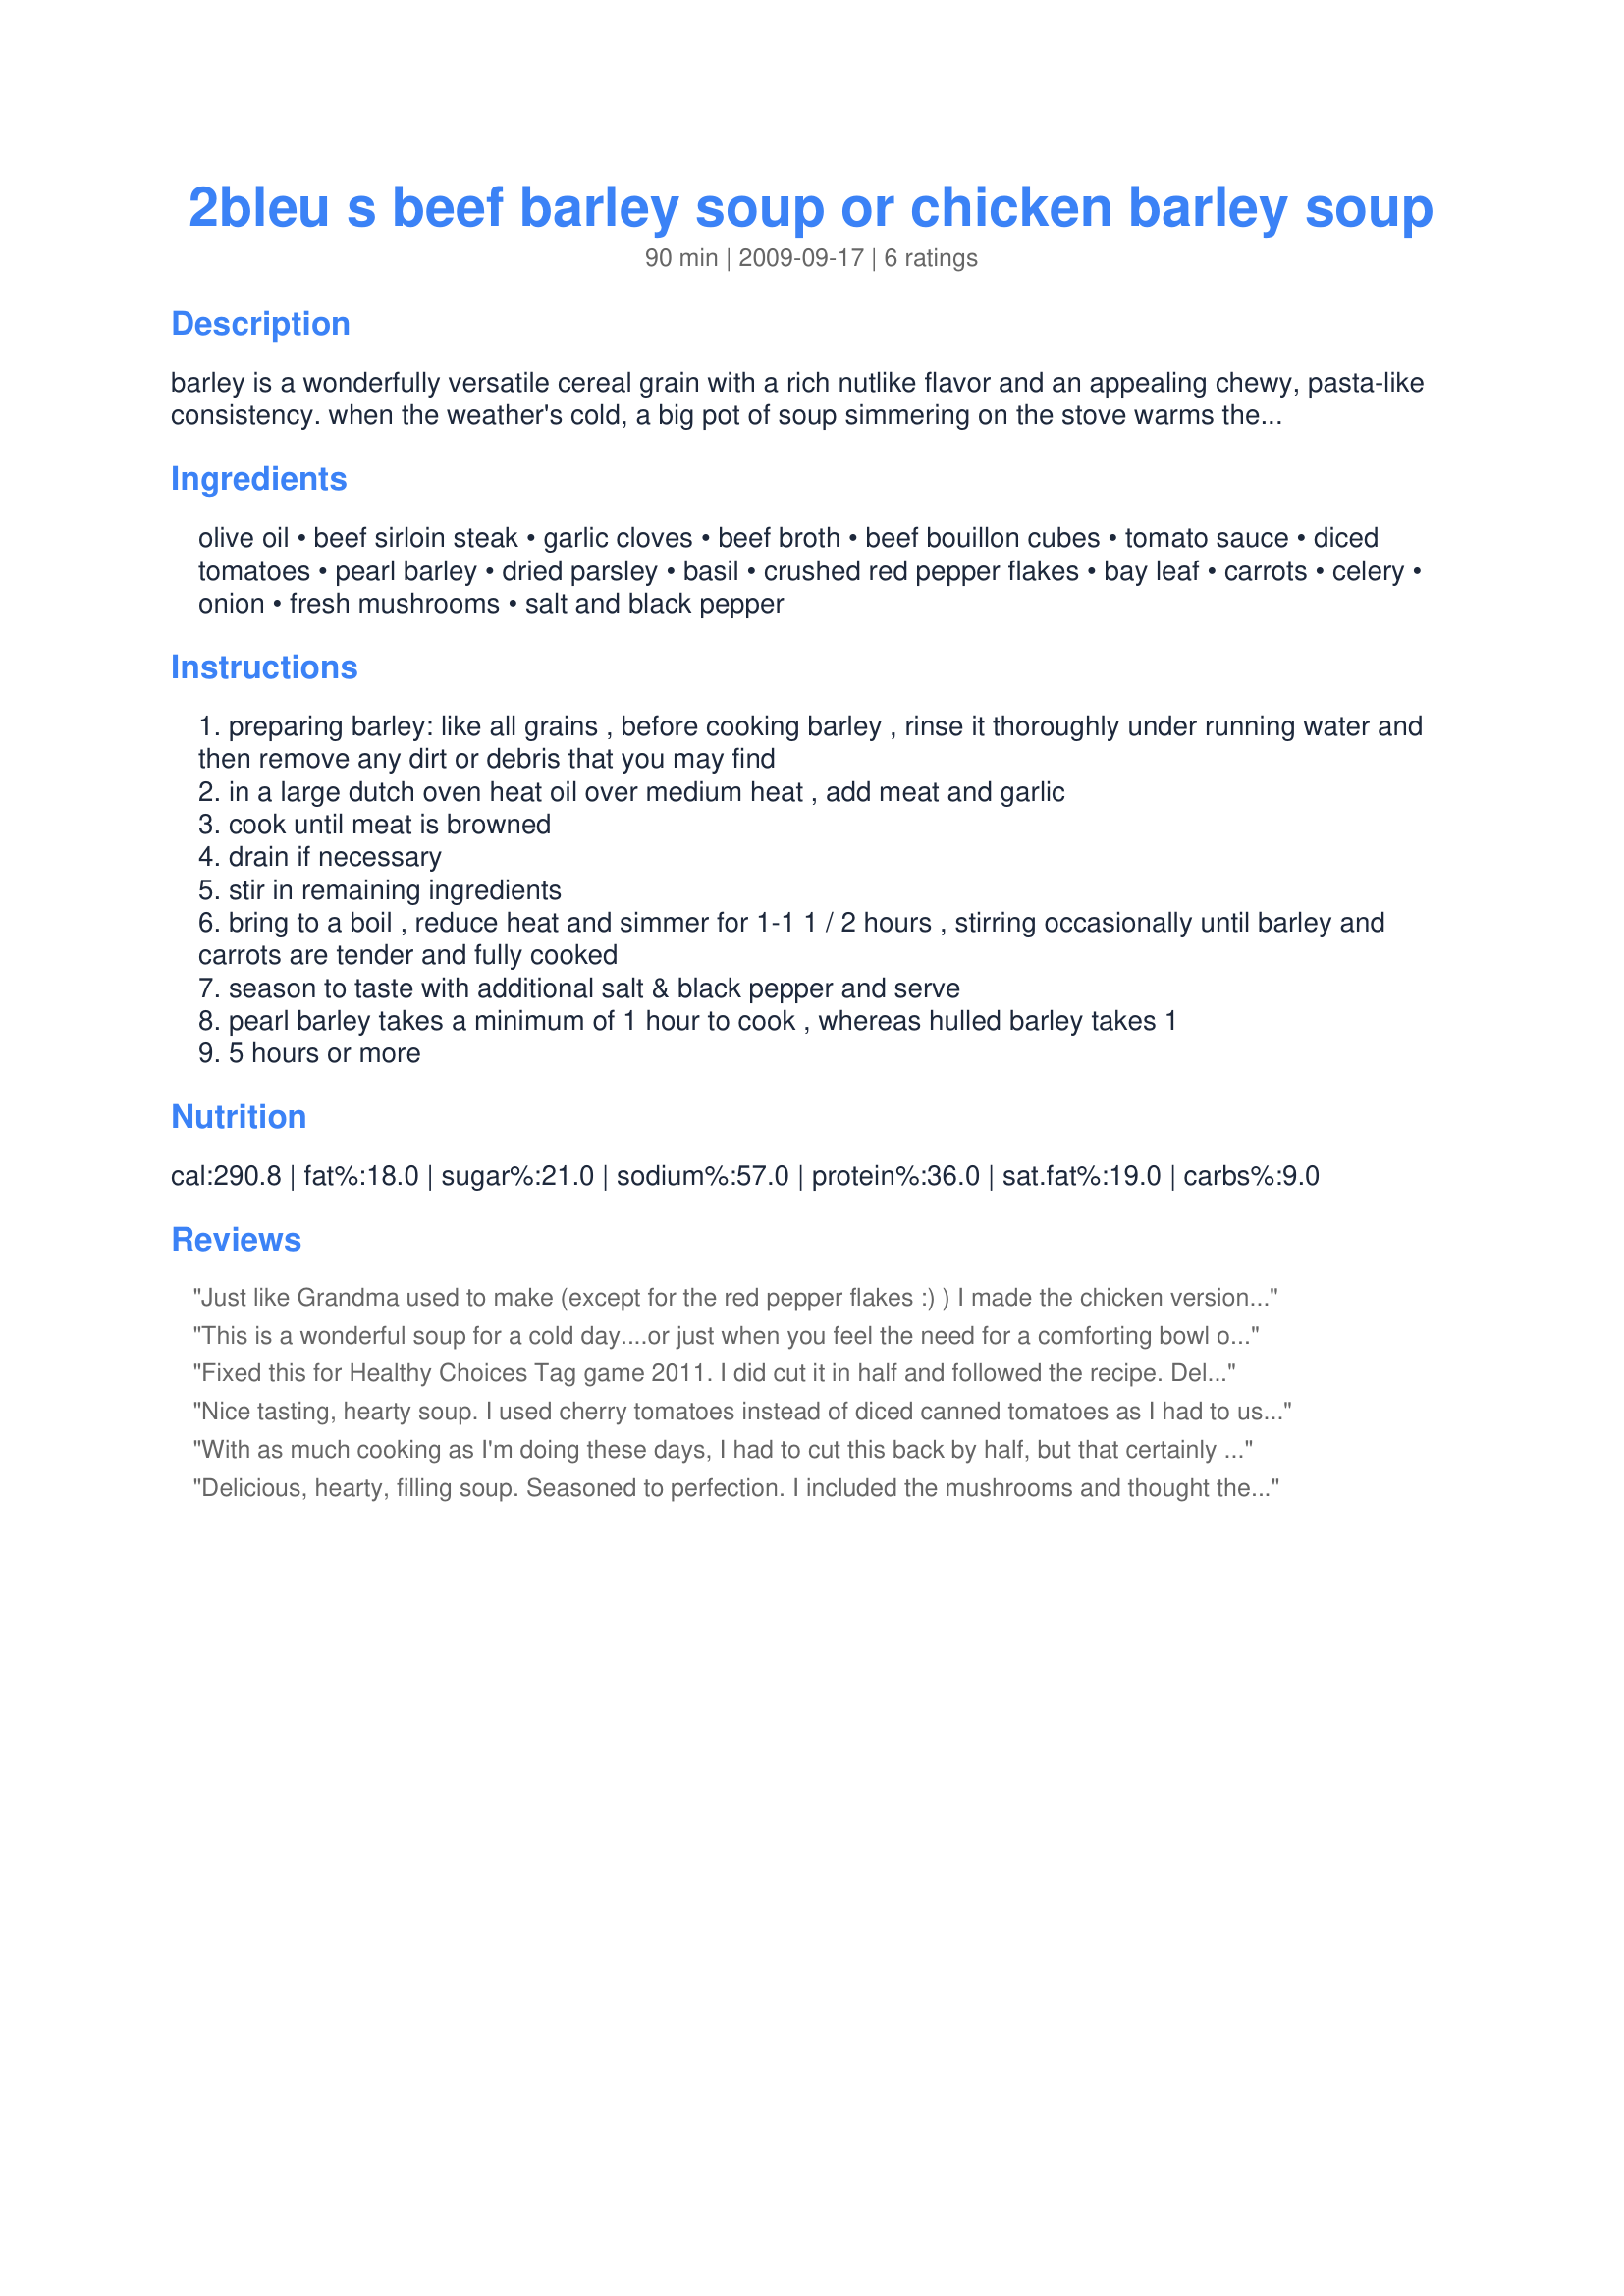
2bleu s beef barley soup or chicken barley soup
Preparation time: 90 minutes

barley is a wonderfully versatile cereal grain with a rich nutlike flavor and an appealing chewy, pasta-like consistency. when the weather's cold, a big pot of soup simmering on the stove warms the heart as well as the hearth. in addition to its robust flavor, barley's claim to nutritional fame is based on its being a very good source of fiber. if you can't find barley in your grocery store, you can purchase some of excellent quality pearl barley at www.nutsonline.com if you'd like to try our vegetarian version, click here: recipe #390750 this can be made as chicken barley soup as well, just change 2 ingredients (see list).

Ingredients:
olive oil, beef sirloin steak, garlic cloves, beef broth, beef bouillon cubes, tomato sauce, diced tomatoes, pearl barley, dried parsley, basil, crushed red pepper flakes, bay leaf, carrots, celery, onion, fresh mushrooms, salt and black pepper

Steps:
preparing barley: like all grains , before cooking barley , rinse it thoroughly under running water and then remove any dirt or debris that you may find
in a large dutch oven heat oil over medium heat , add meat and garlic
cook until meat is browned
drain if necessary
stir in remaining ingredients
bring to a boil , reduce heat and simmer for 1-1 1 / 2 hours , stirring occasionally until barley and carrots are tender and fully cooked
season to taste with additional salt & black pepper and serve
pearl barley takes a minimum of 1 hour to cook , whereas hulled barley takes 1
5 hours or more

Reviews:
Just like Grandma used to make (except for the red pepper flakes :) ) I made the chicken version, using boneless thighs, cubed. I used diced fresh tomatoes that I had to use up. Very hearty and tasty soup.
This is a wonderful soup for a cold day....or just when you feel the need for a comforting bowl of soup. I chose to add the mushrooms, using the full 8 oz package. I really enjoyed this, and will make it again. Made for TYM tag. Thanks for sharing!
Fixed this for Healthy Choices Tag game 2011. I did cut it in half and followed the recipe. Delicious!!! Thank you for submitting the recipe.
Nice tasting, hearty soup. I used cherry tomatoes instead of diced canned tomatoes as I had to use them up and doubled up the tomato sauce. Very happy with the end result. Will make again, thanks for sharing.
With as much cooking as I'm doing these days, I had to cut this back by half, but that certainly didn't detract from this great tasting soup ~ It just means that I'll have to make it again sometime! The only real change I made was to leave out the optional mushrooms! It's a great recipe ~ Thanks for sharing it! [Tagged & made in Please Review My Recipe]
Delicious, hearty, filling soup. Seasoned to perfection. I included the mushrooms and thought they added depth to the flavor. Thanks for sharing this recipe.
